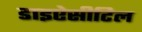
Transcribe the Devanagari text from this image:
डाइऐसीटिल